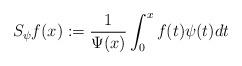
LaTeX: \begin{align*}S_{\psi}f(x):=\frac{1}{\Psi(x)}\int_0^{x} f(t)\psi (t)dt\end{align*}